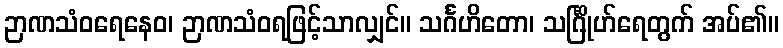
ဉာဏသံဝရေနေဝ၊ ဉာဏသံဝရဖြင့်သာလျှင်။ သင်္ဂဟိတော၊ သင်္ဂြိုဟ်ရေတွက် အပ်၏။